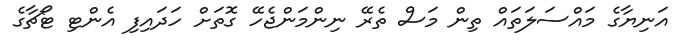
އަނިޔާގެ މައްސަލަތައް ތިން މަސް ތެރޭ ނިންމަންޖެހޭ ގޮތަށް ހަދައިފި އެންޓި ޓޯޗާގެ